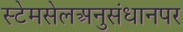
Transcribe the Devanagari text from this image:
स्टेमसेलअनुसंधानपर